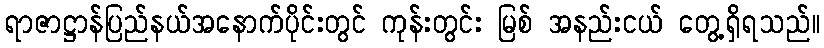
ရာဇာဋ္ဌာန်ပြည်နယ်အနောက်ပိုင်းတွင် ကုန်းတွင်း မြစ် အနည်းငယ် တွေ့ရှိရသည်။